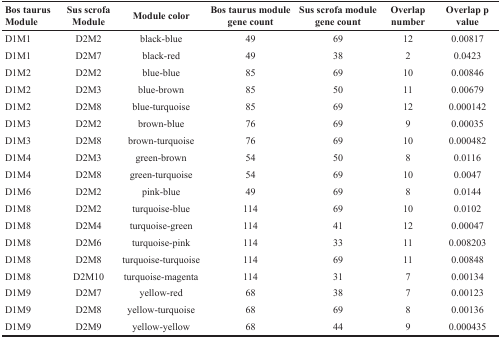
<table><thead><tr><td><b>Bos taurus Module</b></td><td><b>Sus scrofa Module</b></td><td><b>Module color</b></td><td><b>Bos taurus module gene count</b></td><td><b>Sus scrofa module gene count</b></td><td><b>Overlap number</b></td><td><b>Overlap p value</b></td></tr></thead><tbody><tr><td>D1M1</td><td>D2M2</td><td>black-blue</td><td>49</td><td>69</td><td>12</td><td>0.00817</td></tr><tr><td>D1M1</td><td>D2M7</td><td>black-red</td><td>49</td><td>38</td><td>2</td><td>0.0423</td></tr><tr><td>D1M2</td><td>D2M2</td><td>blue-blue</td><td>85</td><td>69</td><td>10</td><td>0.00846</td></tr><tr><td>D1M2</td><td>D2M3</td><td>blue-brown</td><td>85</td><td>50</td><td>11</td><td>0.00679</td></tr><tr><td>D1M2</td><td>D2M8</td><td>blue-turquoise</td><td>85</td><td>69</td><td>12</td><td>0.000142</td></tr><tr><td>D1M3</td><td>D2M2</td><td>brown-blue</td><td>76</td><td>69</td><td>9</td><td>0.00035</td></tr><tr><td>D1M3</td><td>D2M8</td><td>brown-turquoise</td><td>76</td><td>69</td><td>10</td><td>0.000482</td></tr><tr><td>D1M4</td><td>D2M3</td><td>green-brown</td><td>54</td><td>50</td><td>8</td><td>0.0116</td></tr><tr><td>D1M4</td><td>D2M8</td><td>green-turquoise</td><td>54</td><td>69</td><td>10</td><td>0.0047</td></tr><tr><td>D1M6</td><td>D2M2</td><td>pink-blue</td><td>49</td><td>69</td><td>8</td><td>0.0144</td></tr><tr><td>D1M8</td><td>D2M2</td><td>turquoise-blue</td><td>114</td><td>69</td><td>10</td><td>0.0102</td></tr><tr><td>D1M8</td><td>D2M4</td><td>turquoise-green</td><td>114</td><td>41</td><td>12</td><td>0.00047</td></tr><tr><td>D1M8</td><td>D2M6</td><td>turquoise-pink</td><td>114</td><td>33</td><td>11</td><td>0.008203</td></tr><tr><td>D1M8</td><td>D2M8</td><td>turquoise-turquoise</td><td>114</td><td>69</td><td>11</td><td>0.00848</td></tr><tr><td>D1M8</td><td>D2M10</td><td>turquoise-magenta</td><td>114</td><td>31</td><td>7</td><td>0.00134</td></tr><tr><td>D1M9</td><td>D2M7</td><td>yellow-red</td><td>68</td><td>38</td><td>7</td><td>0.00123</td></tr><tr><td>D1M9</td><td>D2M8</td><td>yellow-turquoise</td><td>68</td><td>69</td><td>8</td><td>0.00136</td></tr><tr><td>D1M9</td><td>D2M9</td><td>yellow-yellow</td><td>68</td><td>44</td><td>9</td><td>0.000435</td></tr></tbody></table>